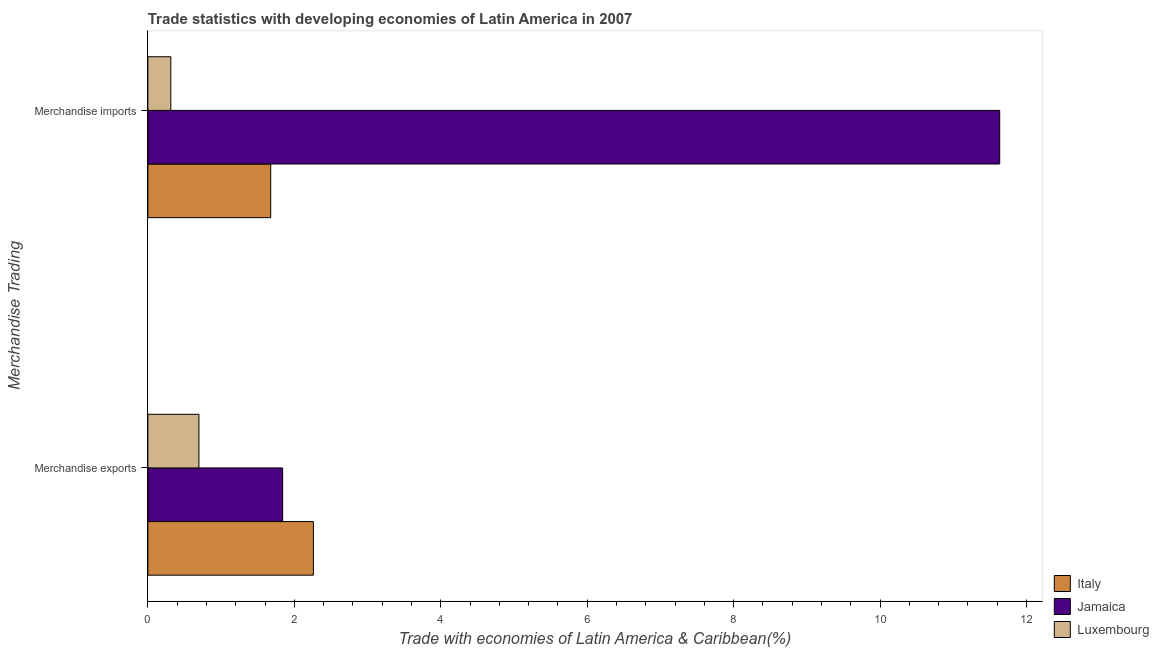
| Merchandise Trading | Italy | Jamaica | Luxembourg |
 | --- | --- | --- | --- |
 | Merchandise exports | 2.26 | 1.84 | 0.697 |
 | Merchandise imports | 1.68 | 11.6 | 0.313 |